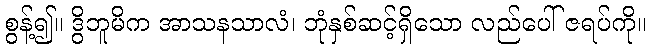
စွန့်၍။ ဒွိဘူမိက အာသနသာလံ၊ ဘုံနှစ်ဆင့်ရှိသော လည်ပေါ် ဇရပ်ကို။